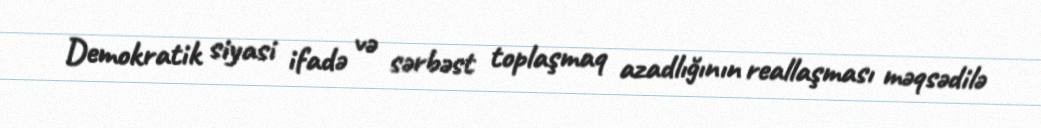
Demokratik siyasi ifadə və sərbəst toplaşmaq azadlığının reallaşması məqsədilə